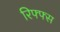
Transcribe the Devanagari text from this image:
रिफ्फ्स